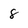
Character: 8